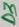
Text: D3